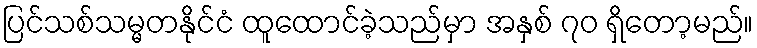
ပြင်သစ်သမ္မတနိုင်ငံ ထူထောင်ခဲ့သည်မှာ အနှစ် ၇၀ ရှိတော့မည်။